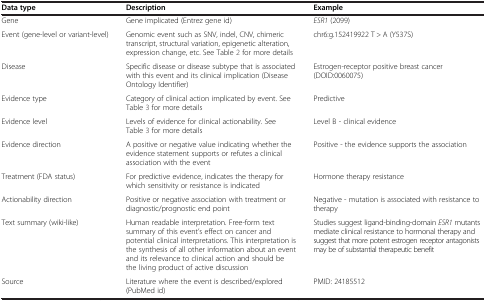
<table><thead><tr><td><b>Data type</b></td><td><b>Description</b></td><td><b>Example</b></td></tr></thead><tbody><tr><td>Gene</td><td>Gene implicated (Entrez gene id)</td><td><i>ESR1</i> (2099)</td></tr><tr><td>Event (gene-level or variant-level)</td><td>Genomic event such as SNV, indel, CNV, chimeric transcript, structural variation, epigenetic alteration, expression change, etc. See Table 2 for more details</td><td>chr6:g.152419922 T &gt; A (Y537S)</td></tr><tr><td>Disease</td><td>Specific disease or disease subtype that is associated with this event and its clinical implication (Disease Ontology Identifier)</td><td>Estrogen-receptor positive breast cancer (DOID:0060075)</td></tr><tr><td>Evidence type</td><td>Category of clinical action implicated by event. See Table 3 for more details</td><td>Predictive</td></tr><tr><td>Evidence level</td><td>Levels of evidence for clinical actionability. See Table 3 for more details</td><td>Level B - clinical evidence</td></tr><tr><td>Evidence direction</td><td>A positive or negative value indicating whether the evidence statement supports or refutes a clinical association with the event</td><td>Positive - the evidence supports the association</td></tr><tr><td>Treatment (FDA status)</td><td>For predictive evidence, indicates the therapy for which sensitivity or resistance is indicated</td><td>Hormone therapy resistance</td></tr><tr><td>Actionability direction</td><td>Positive or negative association with treatment or diagnostic/prognostic end point</td><td>Negative - mutation is associated with resistance to therapy</td></tr><tr><td>Text summary (wiki-like)</td><td>Human readable interpretation. Free-form text summary of this event’s effect on cancer and potential clinical interpretations. This interpretation is the synthesis of all other information about an event and its relevance to clinical action and should be the living product of active discussion</td><td>Studies suggest ligand-binding-domain <i>ESR1</i> mutants mediate clinical resistance to hormonal therapy and suggest that more potent estrogen receptor antagonists may be of substantial therapeutic benefit</td></tr><tr><td>Source</td><td>Literature where the event is described/explored (PubMed id)</td><td>PMID: 24185512</td></tr></tbody></table>